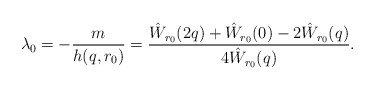
\begin{align*}\lambda_0 = -\frac{m}{h(q,r_0)} = \frac{\hat W_{r_0}(2q) + \hat W_{r_0}(0) - 2\hat W_{r_0}(q)}{4\hat W_{r_0}(q)}.\end{align*}